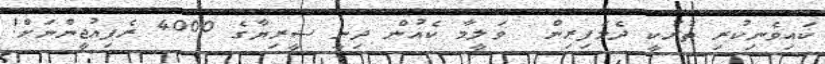
ކައިވެނިކުރި ތުރުކީ ދެމަފިރިން  ވަލީމާ ކެއުން ދިނީ ސީރިޔާގެ 4000 ރެފިއުޖީންނަށް!